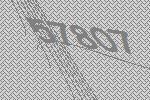
57807